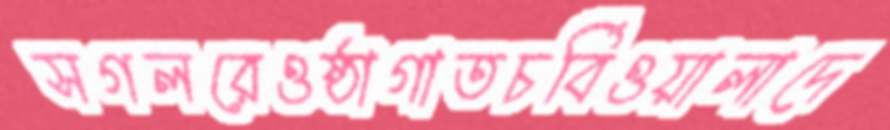
সগলরেওষ্ঠাগাতচর্বিওয়ালাদে